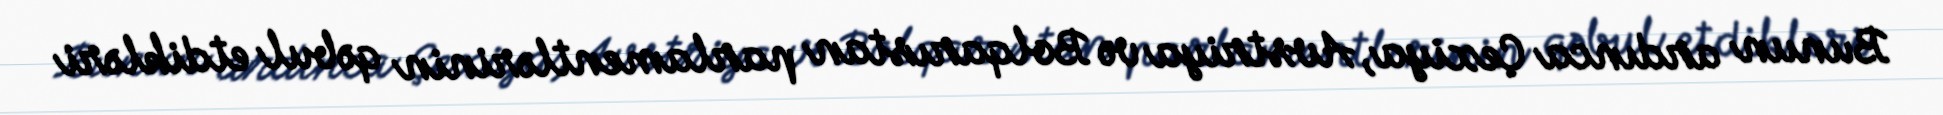
Bunun ardınca Çexiya, Avstriya və Bolqarıstan parlamentlərinin qəbul etdikləri